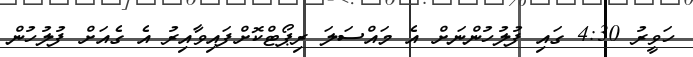
ހަވީރު 4:30 ގައި ފުލުހުންނަށް އެ މައްސަލަ ރިޕޯޓްކޮށްފައިވާއިރު އެ ގެއަށް ފުލުހުން